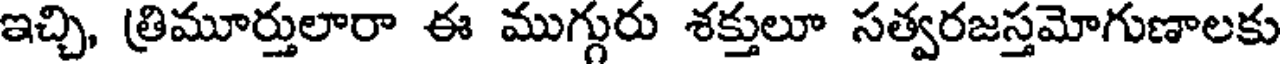
ఇచ్చి, త్రిమూర్తులారా ఈ ముగ్గురు శక్తులూ సత్వరజస్తమోగుణాలకు